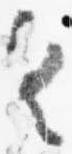
具